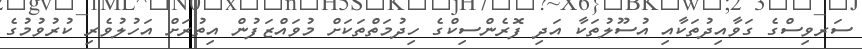
ސަރވިސްގެ ގަވާއިދުތަކާއި އުސޫލުތަކާ އަދި ފޮރެންސިކްގެ ހިދުމަތްތަކަށް މުވައްޒަފުން އިތުރަށް އަހުލުވެރި ކުރުވުމުގެ